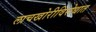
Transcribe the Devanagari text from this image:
लाचखोरीविरोधात